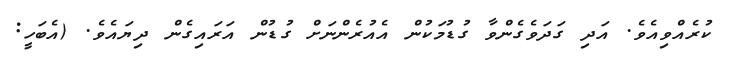
ކުރެއްވިއެވެ. އަދި ގަދަވެގެންވާ ގުޑުމަކުން އެއުރެންނަށް ގުޑުން އަރައިގެން ދިޔައެވެ. (އެބަހީ: